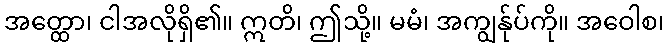
အတ္ထော၊ ငါအလိုရှိ၏။ ဣတိ၊ ဤသို့။ မမံ၊ အကျွန်ုပ်ကို။ အဝေါစ၊